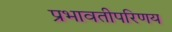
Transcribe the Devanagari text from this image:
प्रभावतीपरिणय